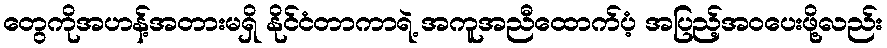
တွေကိုအဟန့်အတားမရှိ နိုင်ငံတာကာရဲ့ အကူအညီထောက်ပံ့ အပြည့်အဝပေးဖို့လည်း